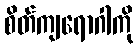
စိတ်ကျရောဂါကို